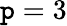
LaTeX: \mathtt{p}=3